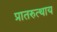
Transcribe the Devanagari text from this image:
प्रातरुत्थाय